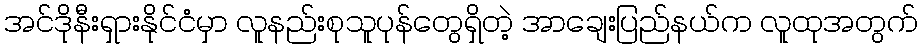
အင်ဒိုနီးရှားနိုင်ငံမှာ လူနည်းစုသူပုန်တွေရှိတဲ့ အာချေးပြည်နယ်က လူထုအတွက်